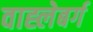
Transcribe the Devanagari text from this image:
वाह्लेबर्ग